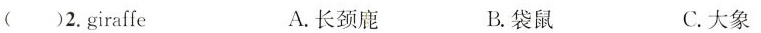
( )2.giraffe A.长颈鹿 B.袋鼠 C.大象